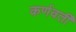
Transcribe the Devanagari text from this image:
कर्णवर्ती